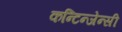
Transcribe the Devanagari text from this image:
कन्टिन्जेन्सी